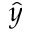
\hat { y }